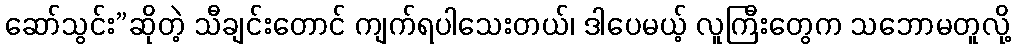
ဆော်သွင်း”ဆိုတဲ့ သီချင်းတောင် ကျက်ရပါသေးတယ်၊ ဒါပေမယ့် လူကြီးတွေက သဘောမတူလို့